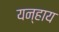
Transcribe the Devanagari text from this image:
यन्हाय